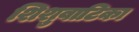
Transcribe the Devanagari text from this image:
शिशुवाटिका